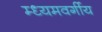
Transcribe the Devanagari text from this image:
म्ध्यमवर्गीय